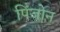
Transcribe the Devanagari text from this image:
पिंजो़न